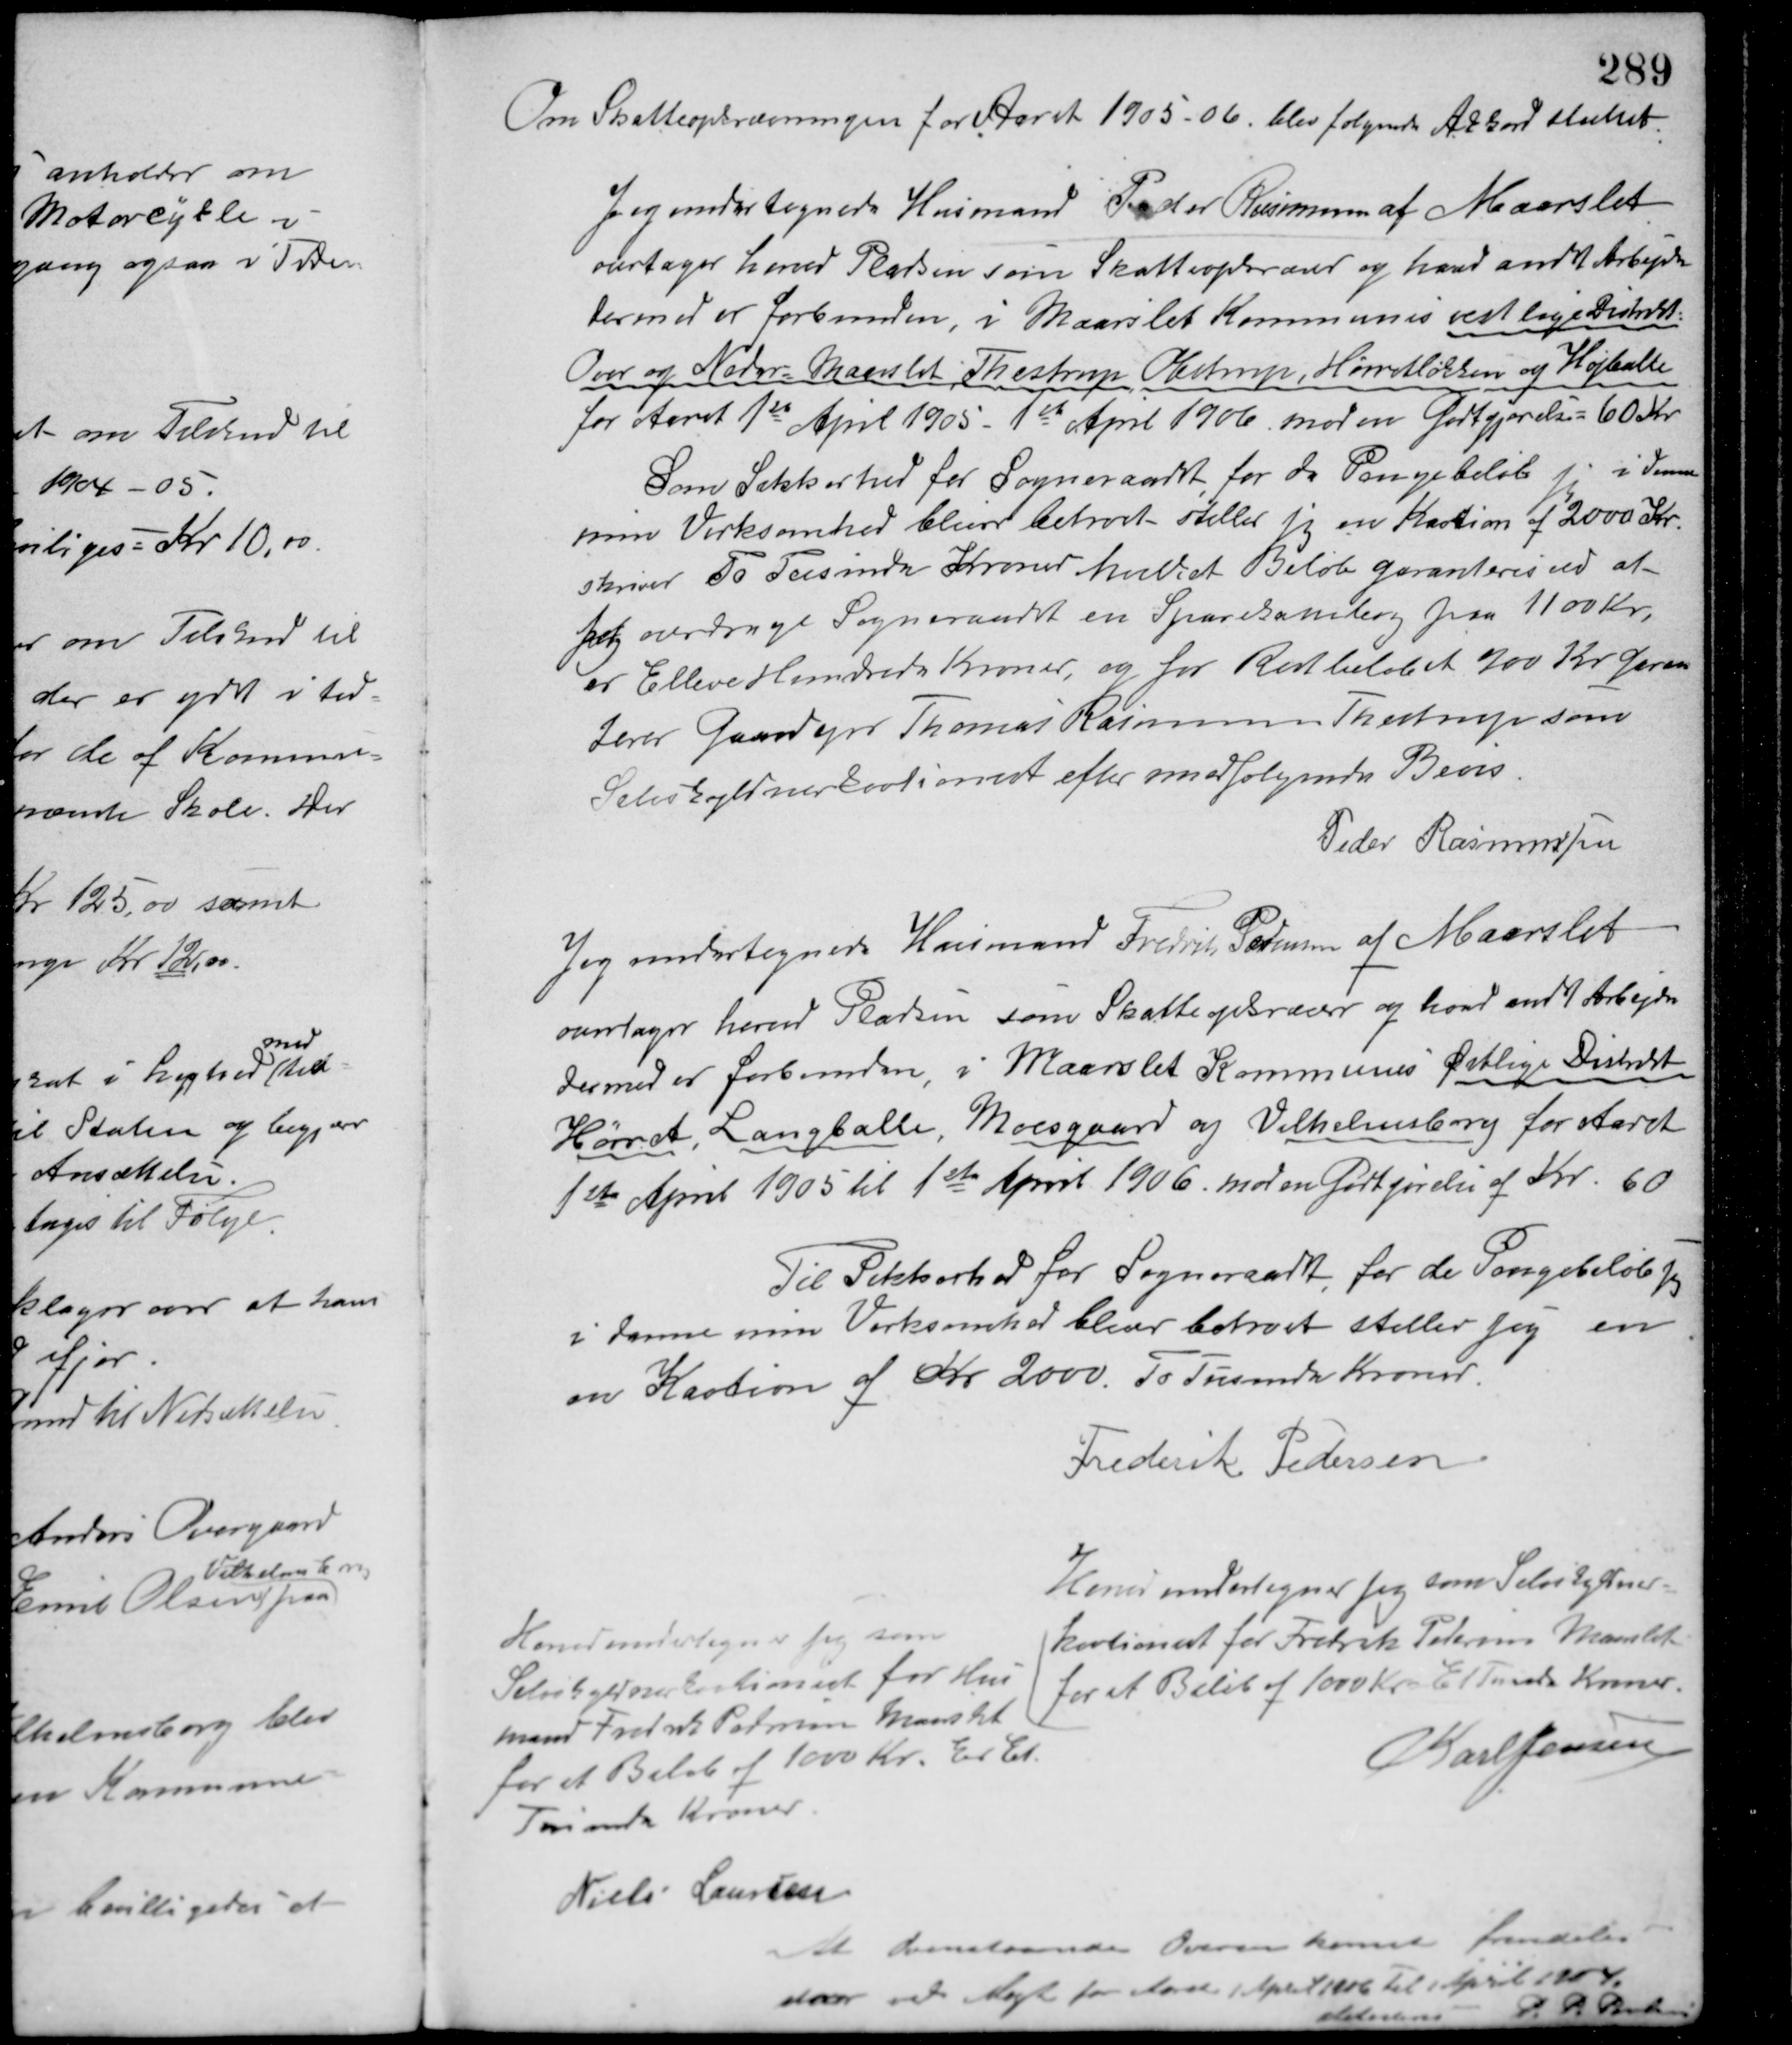
Transskription:
Om Skatteopkrævningen for Aaret 1905-06, blev følgende Akkord sluttet.
Jeg undertegnede Husmand Peder Rasmussen af Maarslet
overtager herved Pladsen som Skatteopkræver og hvad andet Arbejde
dermed er forbunden, i Maarslet Kommunes vestlige Distrikt
Over og Neder-Maarslet, Thestrup, Obstrup, Hørretløkken og Højballe
for Aaret 1ste April 1905 - 1ste April 1906 mod en Godtgjørelse = 60 Kr.
Som Sikkerhed for Sogneraadet for de Pengebeløb jeg i denne
min Virksomhed bliver betroet - stiller jeg en Kaution af 2000 Kr.
skriver To Tusinde Kroner hvilket Beløb garanteres ved at
Jeg overdrager Sogneraadet en Sparekassebog paa 1100 Kr.
er Elleve Hundrede Kroner, og for Restbeløbet 900 Kr. garan-
terer Gaardejer Thomas Rasmussen Thestrup som
Selvskyldnerkautionist efter medfølgende Bevis
Peder Rasmussen
Jeg undertegnede Husmand Fredrik Pedersen af Maarslet
overtager herved Pladsen som Skatteopkræver og hvad andet Arbejde
dermed er forbunden, i Maarslet Kommunes Østlige Distrikt
Hørret, Langballe, Moesgaard og Vilhelmsborg for Aaret
1ste April 1905 til 1ste April 1906. mod en Godtgørelse af Kr. 60.
Til Sikkerhed for Sogneraadet for de Pengebeløb jeg
i danne min Virksomhed bliver betroet stiller sig en
en Kaution af Kr. 2000. To Tusinde Kroner.
Frederik Pedersen

Herved undertegner jeg som
Selvskyldnerkautionist for Hus-
mand Fredrik Pedersen, Maarslet
for et Beløb af 1000 Kr. Et Et
Tusinde Kroner.
Niels Laursen

Herved undertegner jeg som Selvskyldner-
kautionist for Fredrik Petersen Maarslet
for et Beløb af 1000 Kr.  Et Tusinde Kroner
Karl Jensen

At Ovenstaaende Overenskomst fremdeles
staar ved Magt for Aaret 1 April 1906 til April 1904.
atetesteres
P. P. Poulsen